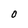
Character: o